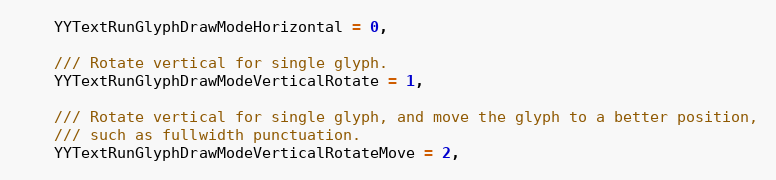
Language: C
    YYTextRunGlyphDrawModeHorizontal = 0,

    /// Rotate vertical for single glyph.
    YYTextRunGlyphDrawModeVerticalRotate = 1,

    /// Rotate vertical for single glyph, and move the glyph to a better position,
    /// such as fullwidth punctuation.
    YYTextRunGlyphDrawModeVerticalRotateMove = 2,